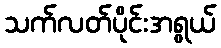
သက်လတ်ပိုင်းအရွယ်